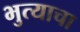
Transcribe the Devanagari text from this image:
भुत्याचा